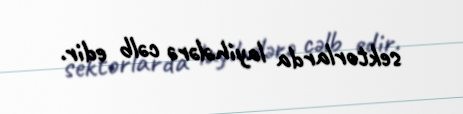
sektorlarda layihələrə cəlb edir.